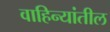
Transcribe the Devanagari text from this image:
वाहिन्यांतील